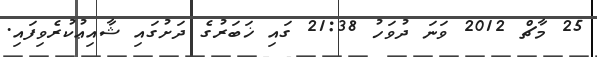
25 މާޗް 2012 ވަނަ ދުވަހު 21:38 ގައި ޚަބަރުގެ ދަށުގައި ޝާއިޢުކުރެވިފައި.